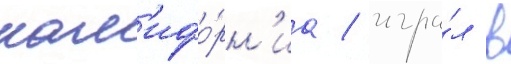
кал'ифо́рн'иа / игра́л в